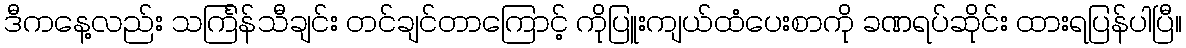
ဒီကနေ့လည်း သင်္ကြန်သီချင်း တင်ချင်တာကြောင့် ကိုပြူးကျယ်ထံပေးစာကို ခဏရပ်ဆိုင်း ထားရပြန်ပါပြီ။